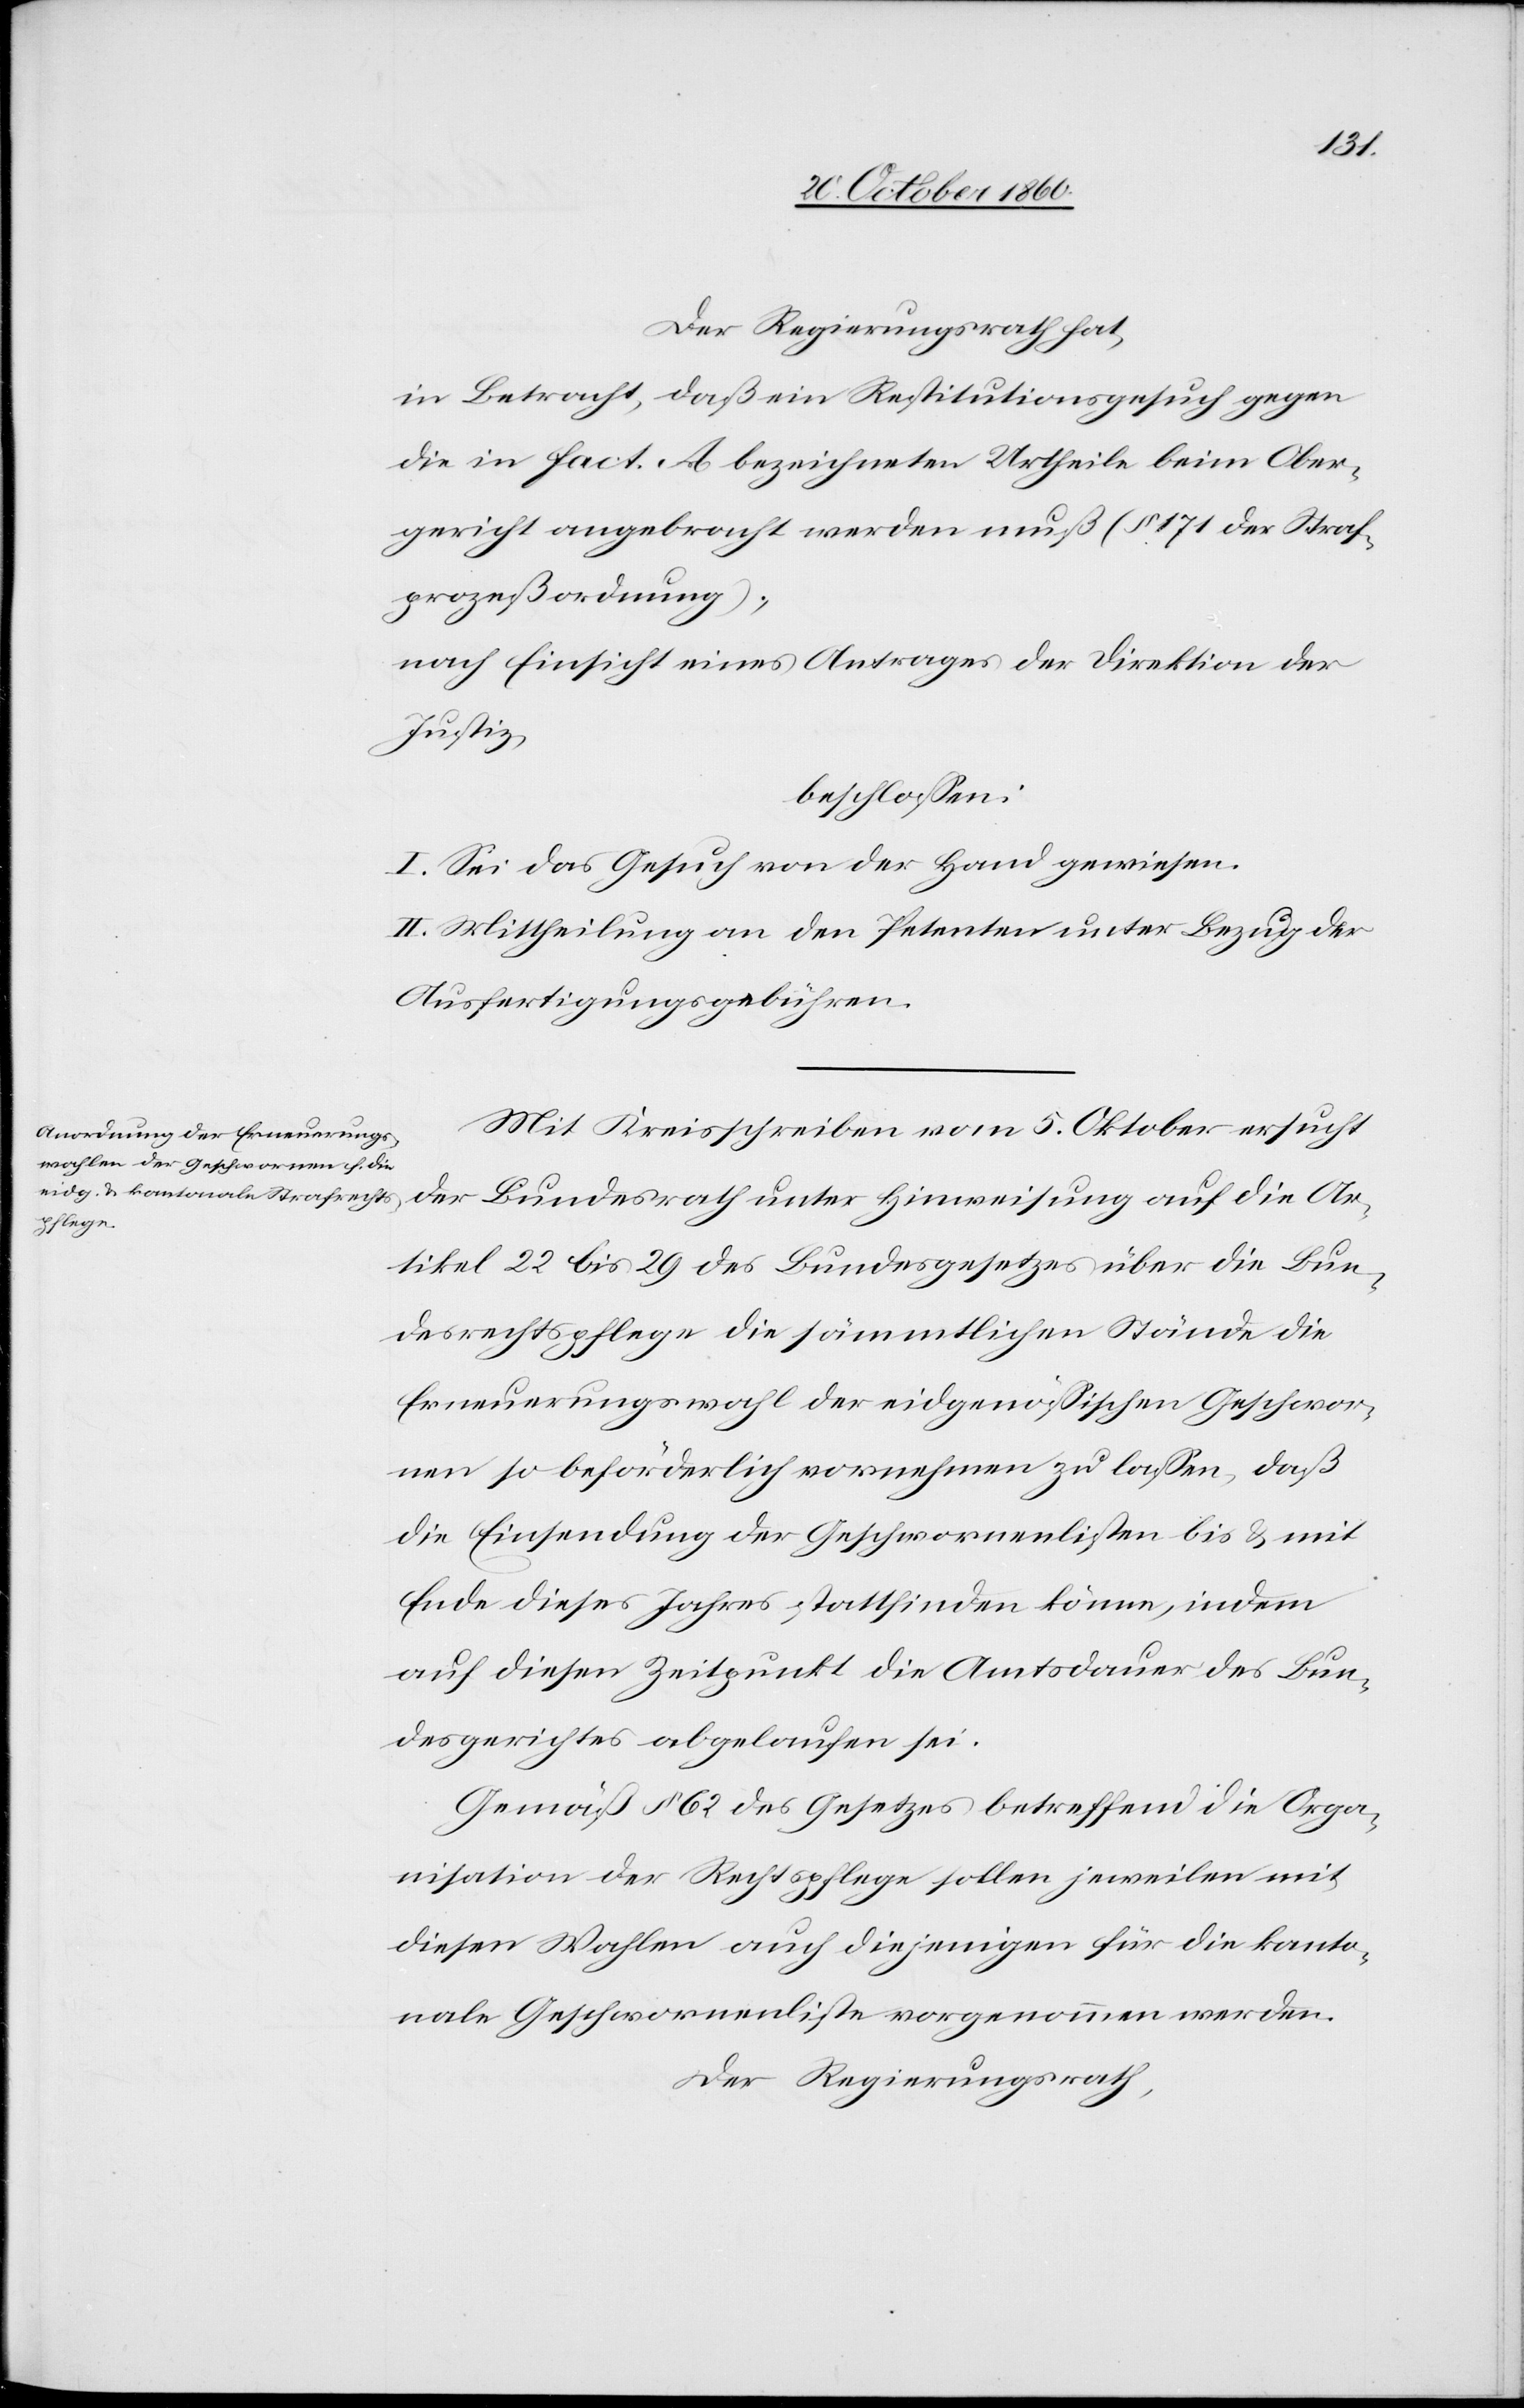
Der Regierungsrath hat,
in Betracht, daß ein Restitutionsgesuch gegen
die in Fact. A bezeichneten Urtheile beim Ober¬
gericht angebracht werden muß (§ 171 der Straf¬
prozeßordnung),
nach Einsicht eines Antrages der Direktion der
Justiz,
beschlossen:
I. Sei das Gesuch von der Hand gewiesen.
II. Mittheilung an den Petenten unter Bezug der
Ausfertigungsgebühren.
Mit Kreisschreiben vom 5. Oktober ersucht
der Bundesrath unter Hinweisung auf die Ar¬
tikel 22 bis 29 des Bundesgesetzes über die Bun¬
desrechtspflege die sämmtlichen Stände die
Erneuerungswahl der eidgenössischen Geschwor¬
nen so beförderlich vornehmen zu lassen, daß
die Einsendung der Geschwornenlisten bis u. mit
Ende dieses Jahres stattfinden könne, indem
auf diesen Zeitpunkt die Amtsdauer des Bun¬
desgerichtes abgelaufen sei.
Gemäß § 62 des Gesetzes betreffend die Orga¬
nisation der Rechtspflege sollen jeweilen mit
diesen Wahlen auch diejenigen für die kanto¬
nale Geschwornenliste vorgenommen werden.
Der Regierungsrath,